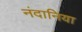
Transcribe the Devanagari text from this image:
नंदानिया